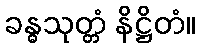
ခန္ဓသုတ္တံ နိဋ္ဌိတံ။